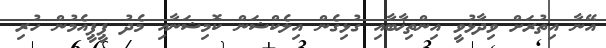
އޭނާ އިތުރަށް ވިދާޅުވީ އިންތިޚާބާއި ގުޅިގެން އިލެކްޝަން ކޮމިޝަނާއި މެދު ޕީޕީއެމުން ހުރި